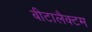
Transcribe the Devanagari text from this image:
बीटालैक्टम